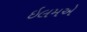
ઇલમએ